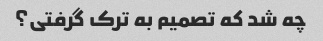
چه شد که تصمیم به ترک گرفتی؟